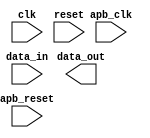
module timing_control_and_sync_blocks (
    input wire clk,
    input wire reset,
    input wire apb_clk,
    input wire apb_reset,
    input wire [7:0] data_in,
    output wire [7:0] data_out
);

// Timing control and synchronization logic goes here

endmodule